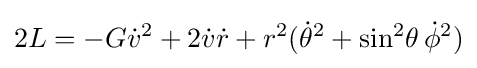
2L=-G{\dot {v}}^{2}+2{\dot {v}}{\dot {r}}+r^{2}({\dot {\theta }}^{2}+\sin ^{2}\!\theta \,{\dot {\phi }}^{2})